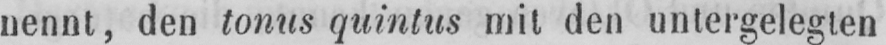
nennt, den tonus quintus mit den untergelegten